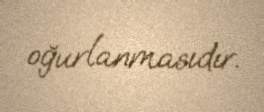
oğurlanmasıdır.